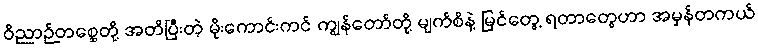
ဝိညာဉ်တစ္ဆေတို့ အတိပြီးတဲ့ မိုးကောင်းကင် ကျွန်တော်တို့ မျက်စိနဲ့ မြင်တွေ့ ရတာတွေဟာ အမှန်တကယ်